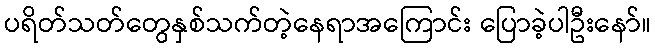
ပရိတ်သတ်တွေနှစ်သက်တဲ့နေရာအကြောင်း ပြောခဲ့ပါဦးနော်။